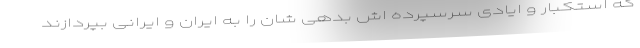
که استکبار و ایادی سرسپرده اش بدهی شان را به ایران و ایرانی بپردازند